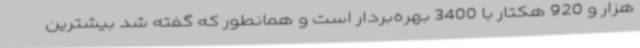
هزار و 920 هکتار با 3400 بهره‌بردار است و همانطور که گفته شد بیشترین